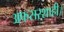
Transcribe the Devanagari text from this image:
अफसरशाही।